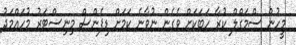
މީހުން ސްމަގްލް ކުރާ ހަބަކަށް ވެގެން ނުވާނެ ކަމަށް ޑިފެންސް މިނިސްޓަރު މުހައްމަދު